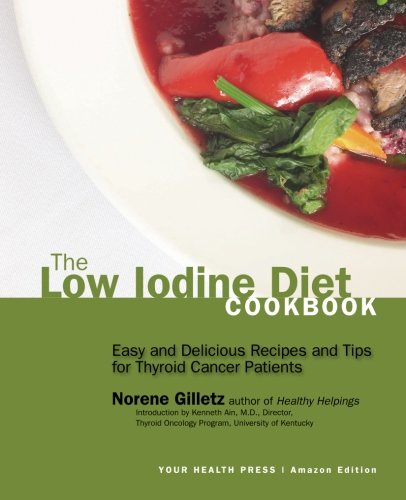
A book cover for The Low Iodine Diet Cookbook: Easy and Delicious Recipes and Tips for Thyroid Cancer Patients; Norene Gilletz; Health, Fitness & Dieting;